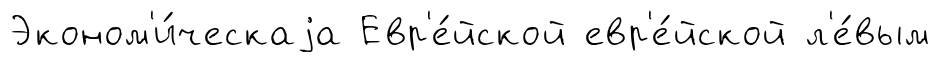
Эконом'и́ческаjа Евр'е́йской евр'е́йской л'е́вым